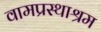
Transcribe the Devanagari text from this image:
वामप्रस्थाश्रम